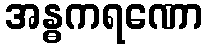
အန္ဓကရဏော